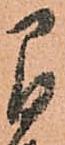
間